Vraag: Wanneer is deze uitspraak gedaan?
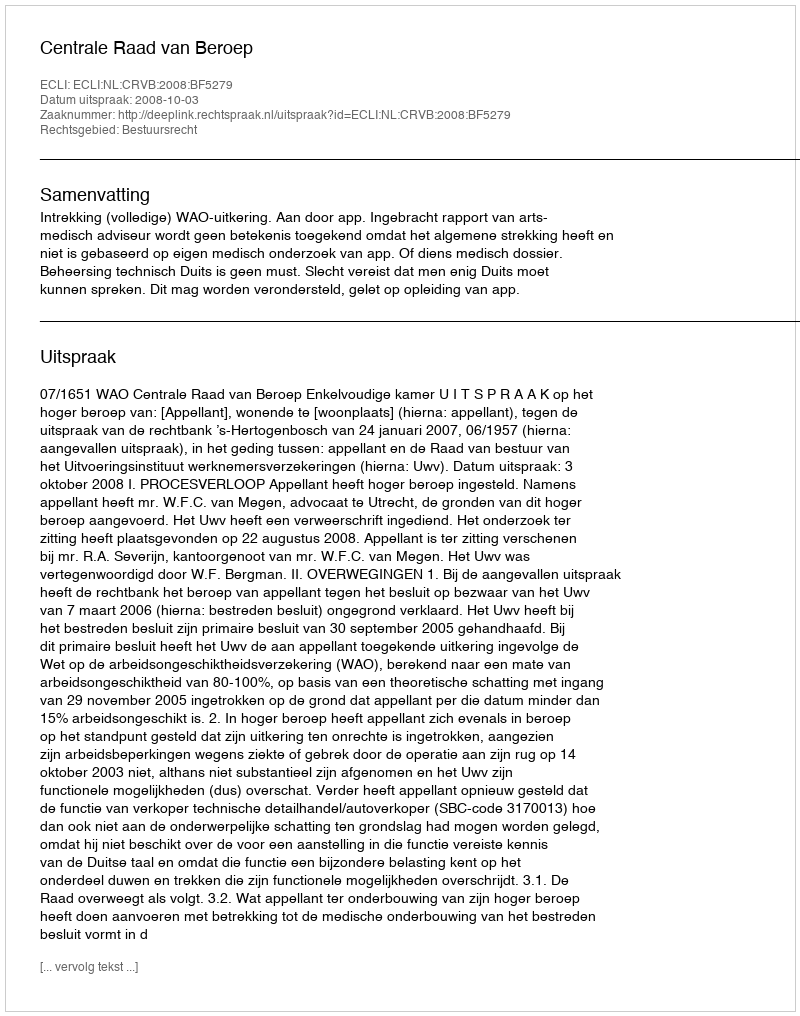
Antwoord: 2008-10-03